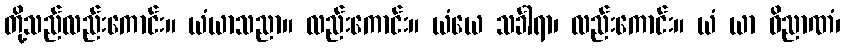
တို့သည်လည်းကောင်း။ ယံယာသညာ။ လည်းကောင်း။ ယံယေ သင်္ခါရာ၊ လည်းကောင်း။ ယံ ယာ ဝိညာဏံ၊